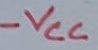
Text: -VCC